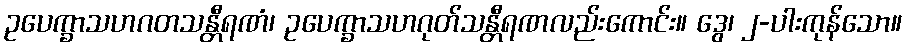
ဥပေက္ခာသဟဂတသန္တီရဏံ၊ ဥပေက္ခာသဟဂုတ်သန္တီရဏလည်းကောင်း။ ဒွေ၊ ၂-ပါးကုန်သော။